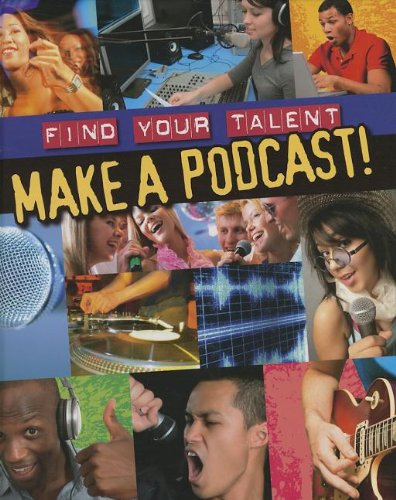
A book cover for Make a Podcast! (Find Your Talent); Matt Anniss; Children's Books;